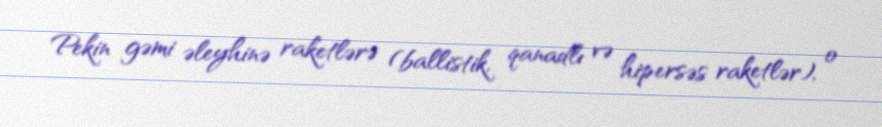
Pekin gəmi əleyhinə raketlərə (ballistik, qanadlı və hipersəs raketlər), o